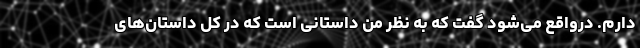
دارم. درواقع می‌شود گفت که به نظر من داستانی است که در کل داستان‌های